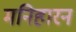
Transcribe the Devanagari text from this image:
मनिहारन